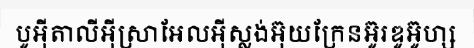
បូអ៊ីតាលីអ៊ីស្រាអែលអ៊ីស្លង់អ៊ុយក្រែនអ៊ូរឌូអ៊ូហ្ស